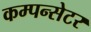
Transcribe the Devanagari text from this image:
कम्पन्सेटर